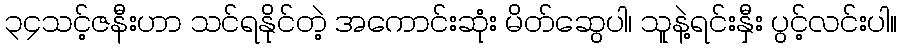
၃၄သင့်ဇနီးဟာ သင်ရနိုင်တဲ့ အကောင်းဆုံး မိတ်ဆွေပါ၊ သူနဲ့ရင်းနှီး ပွင့်လင်းပါ။